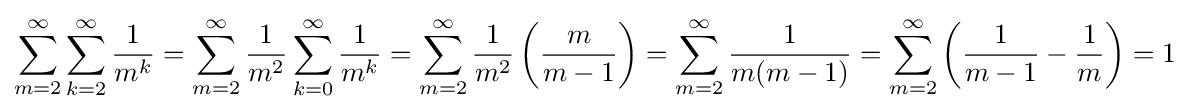
\sum _{m=2}^{\infty }\sum _{k=2}^{\infty }{\frac {1}{m^{k}}}=\sum _{m=2}^{\infty }{\frac {1}{m^{2}}}\sum _{k=0}^{\infty }{\frac {1}{m^{k}}}=\sum _{m=2}^{\infty }{\frac {1}{m^{2}}}\left({\frac {m}{m-1}}\right)=\sum _{m=2}^{\infty }{\frac {1}{m(m-1)}}=\sum _{m=2}^{\infty }\left({\frac {1}{m-1}}-{\frac {1}{m}}\right)=1